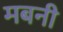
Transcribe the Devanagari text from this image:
मबनी